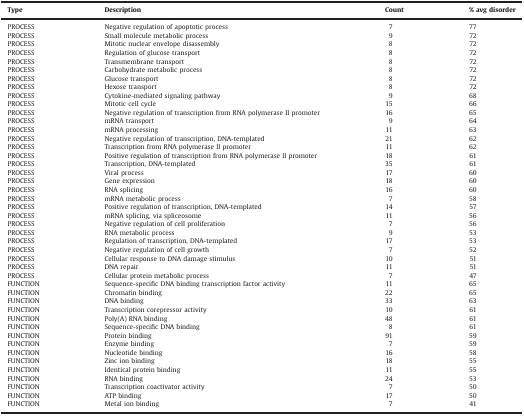
<table><thead><tr><td><b>Type</b></td><td><b>Description</b></td><td><b>Count</b></td><td><b>% avg disorder</b></td></tr></thead><tbody><tr><td>PROCESS</td><td>Negative regulation of apoptotic process</td><td>7</td><td>77</td></tr><tr><td>PROCESS</td><td>Small molecule metabolic process</td><td>9</td><td>72</td></tr><tr><td>PROCESS</td><td>Mitotic nuclear envelope disassembly</td><td>8</td><td>72</td></tr><tr><td>PROCESS</td><td>Regulation of glucose transport</td><td>8</td><td>72</td></tr><tr><td>PROCESS</td><td>Transmembrane transport</td><td>8</td><td>72</td></tr><tr><td>PROCESS</td><td>Carbohydrate metabolic process</td><td>8</td><td>72</td></tr><tr><td>PROCESS</td><td>Glucose transport</td><td>8</td><td>72</td></tr><tr><td>PROCESS</td><td>Hexose transport</td><td>8</td><td>72</td></tr><tr><td>PROCESS</td><td>Cytokine-mediated signaling pathway</td><td>9</td><td>68</td></tr><tr><td>PROCESS</td><td>Mitotic cell cycle</td><td>15</td><td>66</td></tr><tr><td>PROCESS</td><td>Negative regulation of transcription from RNA polymerase II promoter</td><td>16</td><td>65</td></tr><tr><td>PROCESS</td><td>mRNA transport</td><td>9</td><td>64</td></tr><tr><td>PROCESS</td><td>mRNA processing</td><td>11</td><td>63</td></tr><tr><td>PROCESS</td><td>Negative regulation of transcription, DNA-templated</td><td>21</td><td>62</td></tr><tr><td>PROCESS</td><td>Transcription from RNA polymerase II promoter</td><td>11</td><td>62</td></tr><tr><td>PROCESS</td><td>Positive regulation of transcription from RNA polymerase II promoter</td><td>18</td><td>61</td></tr><tr><td>PROCESS</td><td>Transcription, DNA-templated</td><td>35</td><td>61</td></tr><tr><td>PROCESS</td><td>Viral process</td><td>17</td><td>60</td></tr><tr><td>PROCESS</td><td>Gene expression</td><td>18</td><td>60</td></tr><tr><td>PROCESS</td><td>RNA splicing</td><td>16</td><td>60</td></tr><tr><td>PROCESS</td><td>mRNA metabolic process</td><td>7</td><td>58</td></tr><tr><td>PROCESS</td><td>Positive regulation of transcription, DNA-templated</td><td>14</td><td>57</td></tr><tr><td>PROCESS</td><td>mRNA splicing, via spliceosome</td><td>11</td><td>56</td></tr><tr><td>PROCESS</td><td>Negative regulation of cell proliferation</td><td>7</td><td>56</td></tr><tr><td>PROCESS</td><td>RNA metabolic process</td><td>9</td><td>53</td></tr><tr><td>PROCESS</td><td>Regulation of transcription, DNA-templated</td><td>17</td><td>53</td></tr><tr><td>PROCESS</td><td>Negative regulation of cell growth</td><td>7</td><td>52</td></tr><tr><td>PROCESS</td><td>Cellular response to DNA damage stimulus</td><td>10</td><td>51</td></tr><tr><td>PROCESS</td><td>DNA repair</td><td>11</td><td>51</td></tr><tr><td>PROCESS</td><td>Cellular protein metabolic process</td><td>7</td><td>47</td></tr><tr><td>FUNCTION</td><td>Sequence-specific DNA binding transcription factor activity</td><td>11</td><td>65</td></tr><tr><td>FUNCTION</td><td>Chromatin binding</td><td>22</td><td>65</td></tr><tr><td>FUNCTION</td><td>DNA binding</td><td>33</td><td>63</td></tr><tr><td>FUNCTION</td><td>Transcription corepressor activity</td><td>10</td><td>61</td></tr><tr><td>FUNCTION</td><td>Poly(A) RNA binding</td><td>48</td><td>61</td></tr><tr><td>FUNCTION</td><td>Sequence-specific DNA binding</td><td>8</td><td>61</td></tr><tr><td>FUNCTION</td><td>Protein binding</td><td>91</td><td>59</td></tr><tr><td>FUNCTION</td><td>Enzyme binding</td><td>7</td><td>59</td></tr><tr><td>FUNCTION</td><td>Nucleotide binding</td><td>16</td><td>58</td></tr><tr><td>FUNCTION</td><td>Zinc ion binding</td><td>18</td><td>55</td></tr><tr><td>FUNCTION</td><td>Identical protein binding</td><td>11</td><td>55</td></tr><tr><td>FUNCTION</td><td>RNA binding</td><td>24</td><td>53</td></tr><tr><td>FUNCTION</td><td>Transcription coactivator activity</td><td>7</td><td>50</td></tr><tr><td>FUNCTION</td><td>ATP binding</td><td>17</td><td>50</td></tr><tr><td>FUNCTION</td><td>Metal ion binding</td><td>7</td><td>41</td></tr></tbody></table>